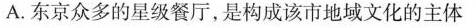
A.东京众多的星级餐厅，是构成该市地域文化的主体